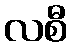
လစီ